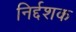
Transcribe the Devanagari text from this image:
निर्द्दशक